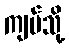
ကျပ်သို့